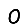
Digit: 0